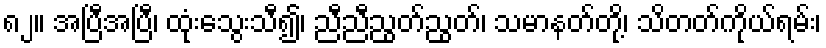
၈၂။ အပြီအပြီ၊ ထုံးသွေးသီ၍၊ ညီညီညွတ်ညွတ်၊ သမာနတ်တို့၊ သိတတ်ကိုယ်ရမ်း၊